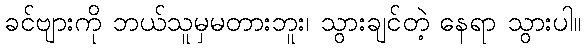
ခင်ဗျားကို ဘယ်သူမှမတားဘူး၊ သွားချင်တဲ့ နေရာ သွားပါ။